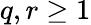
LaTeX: q,r\geq 1